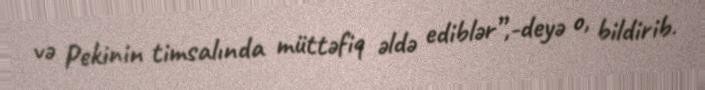
və Pekinin timsalında müttəfiq əldə ediblər”,-deyə o, bildirib.